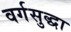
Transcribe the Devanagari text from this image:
वर्गसुद्धा